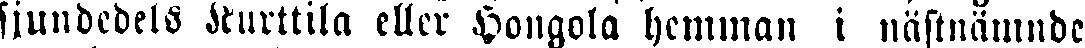
sjundedels Kurttila eller Hongola hemman i nästnämnde